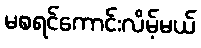
မစရင်ကောင်းလိမ့်မယ်